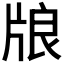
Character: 𤗀